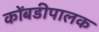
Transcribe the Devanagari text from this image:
कोंबडीपालक